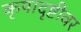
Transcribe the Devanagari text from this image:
कृपादृष्टीवर